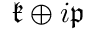
{ \mathfrak { k } } \oplus i { \mathfrak { p } }